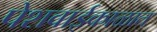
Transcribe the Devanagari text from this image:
पेशवाईकाळात